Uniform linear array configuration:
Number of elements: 8
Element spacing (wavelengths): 0.75
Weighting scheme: cosine
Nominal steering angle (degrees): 30
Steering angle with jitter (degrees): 30.304
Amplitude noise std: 0.05
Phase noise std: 0.05

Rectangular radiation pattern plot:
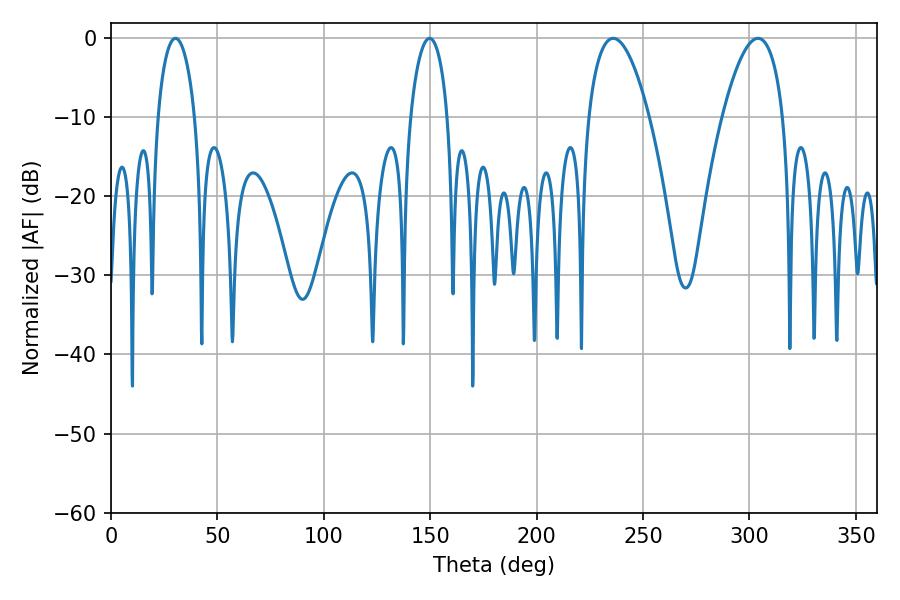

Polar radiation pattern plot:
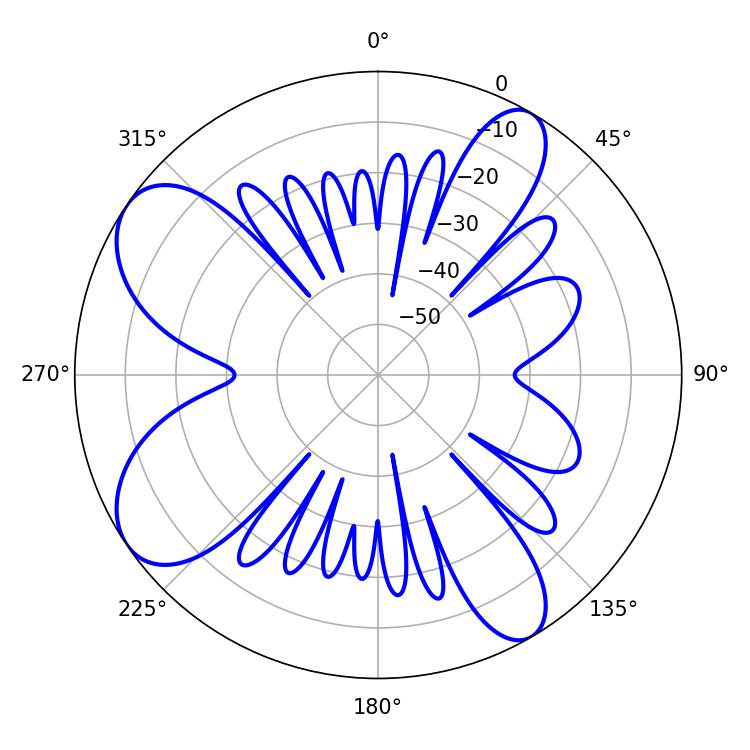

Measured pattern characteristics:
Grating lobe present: TRUE
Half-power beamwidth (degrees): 15.84
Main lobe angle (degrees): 235.98